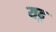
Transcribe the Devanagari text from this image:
यदृ